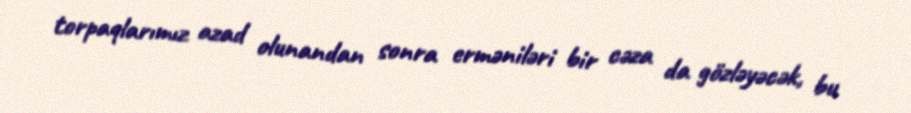
torpaqlarımız azad olunandan sonra erməniləri bir cəza da gözləyəcək, bu